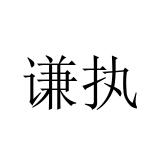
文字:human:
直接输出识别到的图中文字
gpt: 谦执